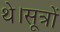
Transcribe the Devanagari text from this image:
थे।सूत्रों